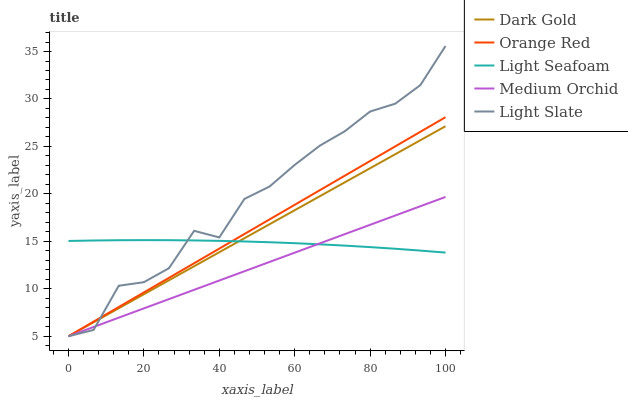
| xaxis_label | Dark Gold | Orange Red | Light Seafoam | Medium Orchid | Light Slate |
 | --- | --- | --- | --- | --- | --- |
 | 0 | 5 | 5 | 15 | 5 | 5 |
 | 6.67 | 6.48 | 6.54 | 15.1 | 5.98 | 5.66 |
 | 13.3 | 7.95 | 8.08 | 15.1 | 6.96 | 10.3 |
 | 20 | 9.43 | 9.62 | 15.1 | 7.94 | 10.7 |
 | 26.7 | 10.9 | 11.2 | 15.1 | 8.91 | 12.2 |
 | 33.3 | 12.4 | 12.7 | 15.1 | 9.89 | 16.1 |
 | 40 | 13.9 | 14.2 | 15.1 | 10.9 | 15.4 |
 | 46.7 | 15.3 | 15.8 | 15 | 11.8 | 19.5 |
 | 53.3 | 16.8 | 17.3 | 14.9 | 12.8 | 20.8 |
 | 60 | 18.3 | 18.8 | 14.8 | 13.8 | 23.1 |
 | 66.7 | 19.8 | 20.4 | 14.7 | 14.8 | 25.1 |
 | 73.3 | 21.2 | 21.9 | 14.5 | 15.8 | 26.6 |
 | 80 | 22.7 | 23.5 | 14.4 | 16.7 | 28.7 |
 | 86.7 | 24.2 | 25 | 14.2 | 17.7 | 29.5 |
 | 93.3 | 25.7 | 26.5 | 14 | 18.7 | 31.5 |
 | 100 | 27.1 | 28.1 | 13.8 | 19.7 | 35.6 |